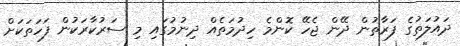
ދައުލަތުގެ ފަރާތުން ދޭން ޖެހޭ ކޮންމެ ހިދުމަތެއް ދިނުމުގައި މި ސަރުކާރަކުން ފަހަތަކަށް